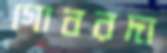
গোবরদা